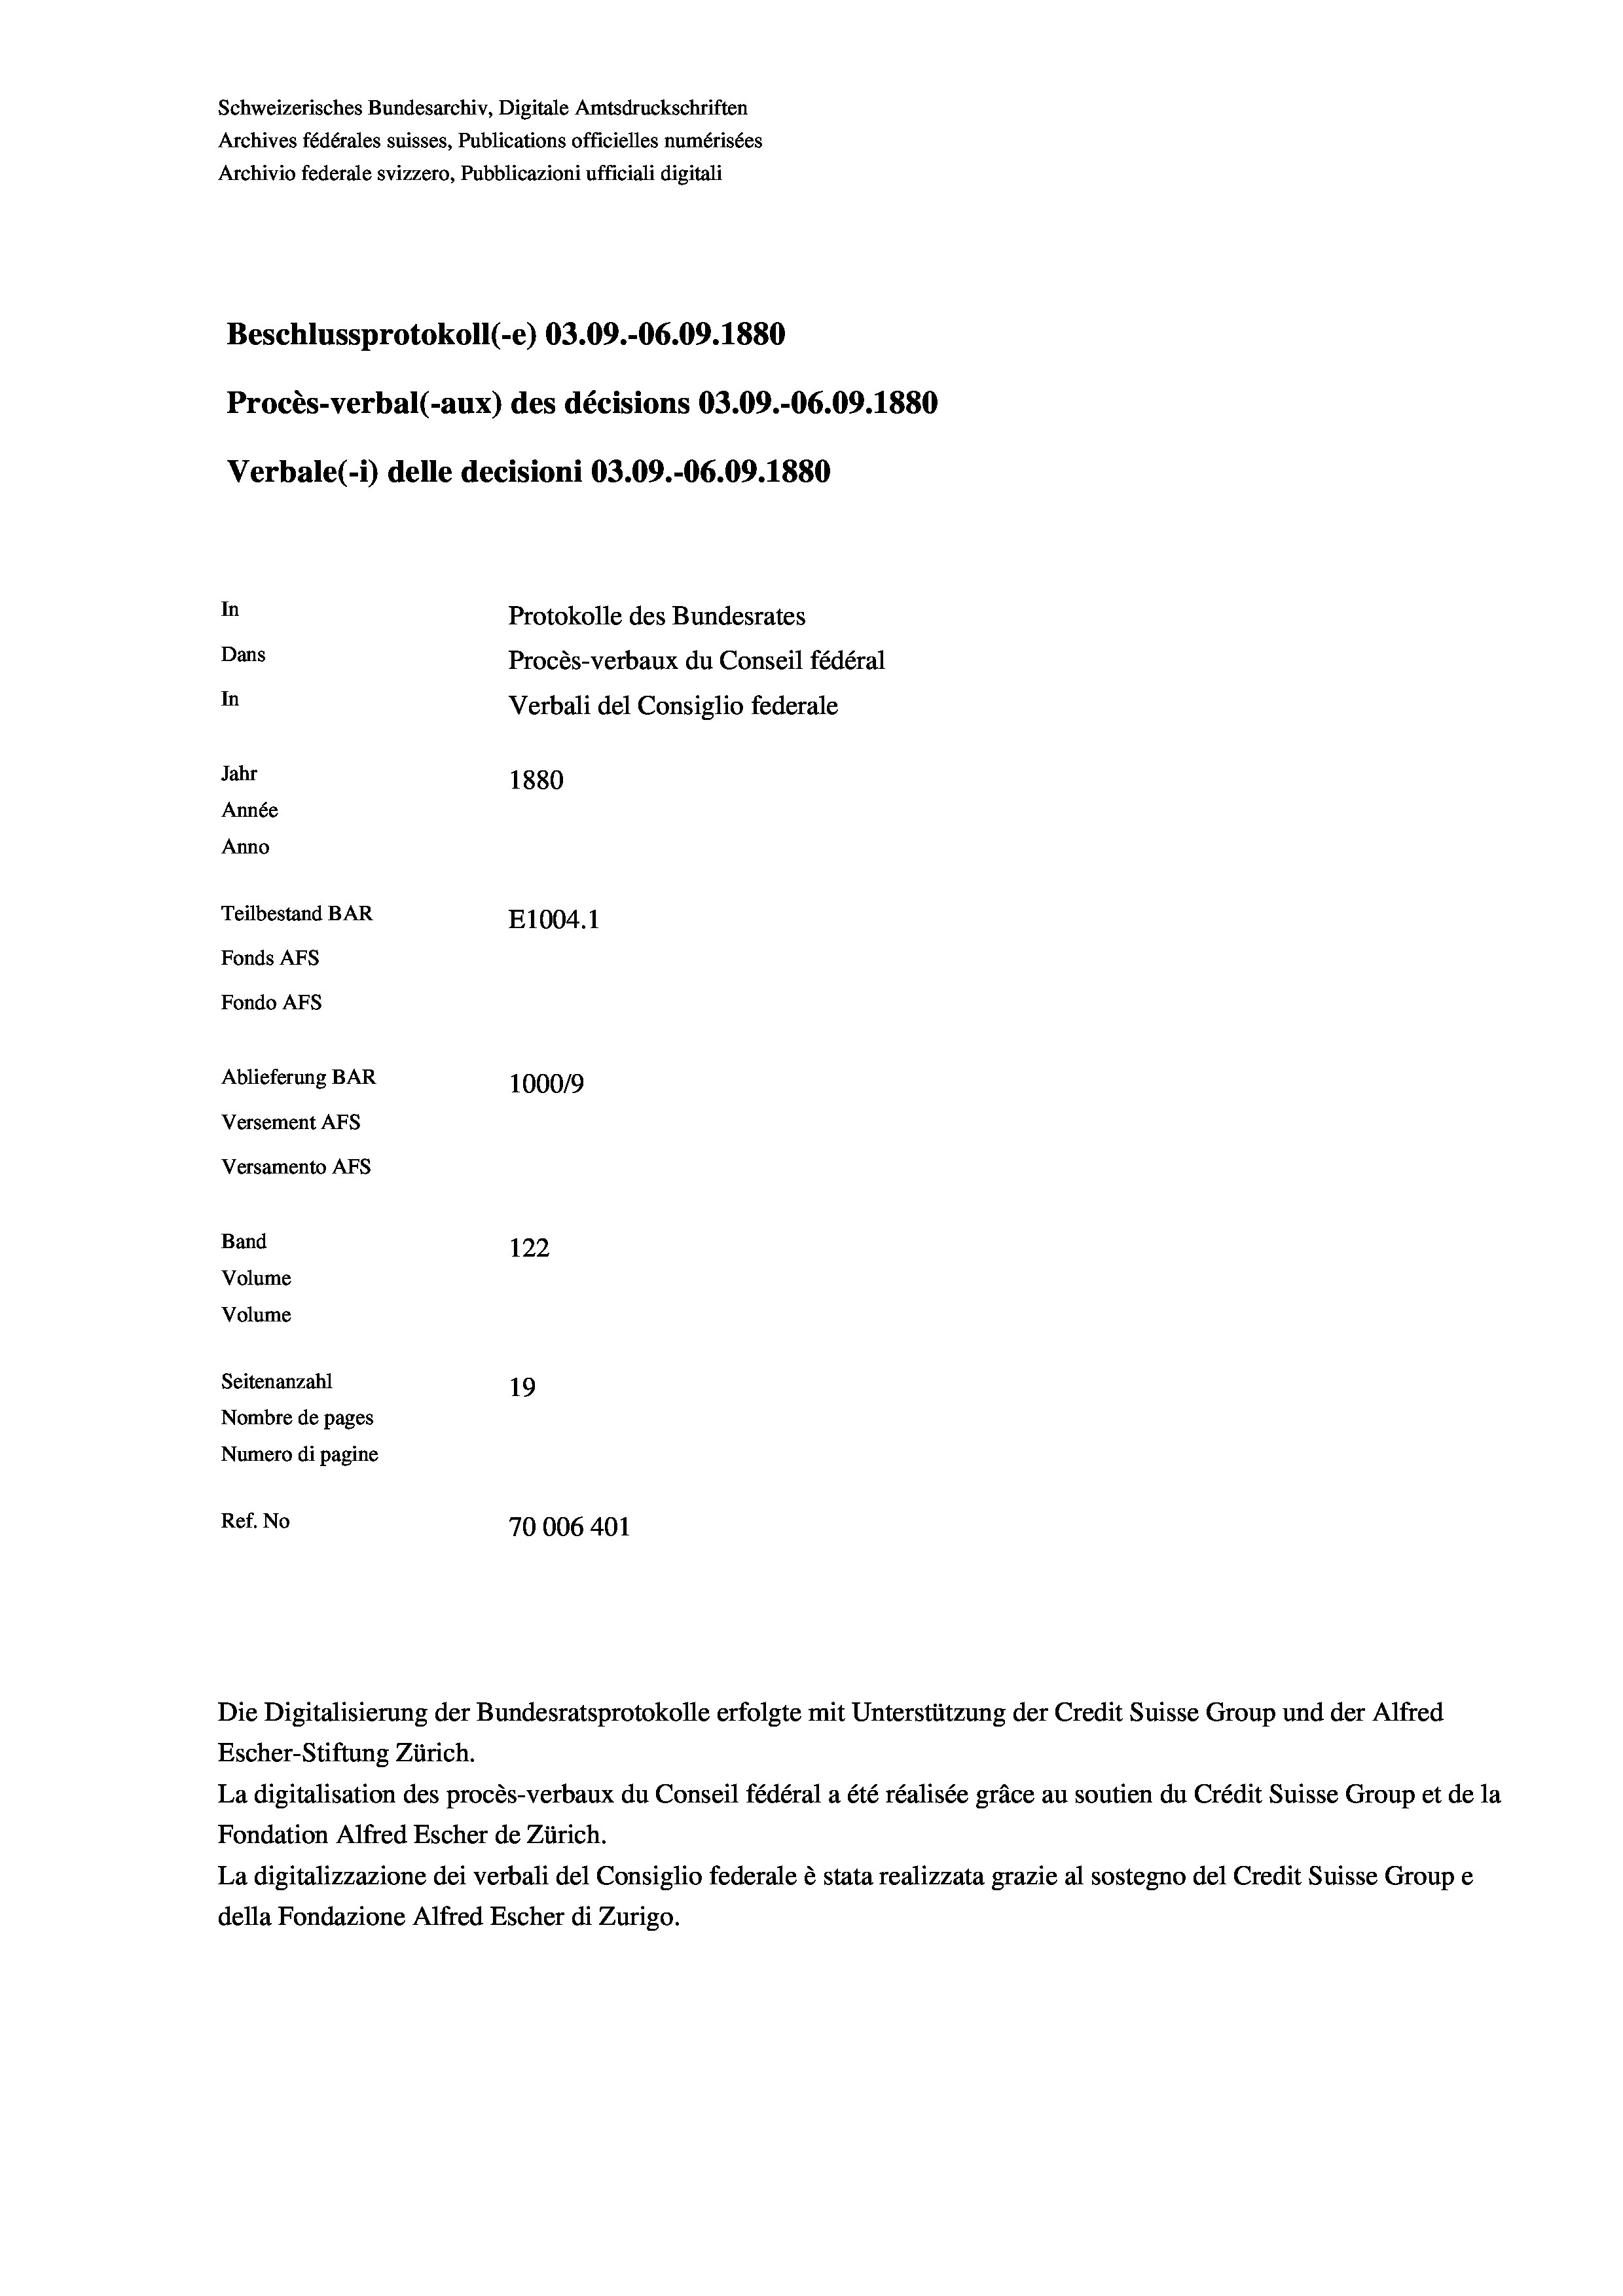
Schweizerisches Bundesarchiv, Digitale Amtsdruckschriften
Archives fédérales suisses, Publications officielles numérisées
Archivio federale svizzero, Pubblicazioni ufficiali digitali
Beschlussprotokoll (-e) 03.09.-06.09. 1880
Procès-verbal (-aux) des décisions 03.09.-06.09. 1880
Verbale (i) delle decisioni 03.09.-06.09. 1880
In
Protokolle des Bundesrates
Dans
Procès-verbaux du Conseil fédéral
In
Verbali del Consiglio federale
Jahr
1880
Année
Anno
Teilbestand BAR
E1004. 1
Fonds AFs
Fondo Afs
Ablieferung BAR
10009
Versement Ans
Versamento AFs
Band
122
Volume
Volume
Seitenanzahl
19
Nombre de pages
Numero di pagine
Ref. No
70006 401

Die Digitalisierung der Bundesratsprotokolle erfolgte mit Unterstützung der Credit Suisse Group und der Alfred
Escher-Stiftung Zürich.
La digitalisation des procès-verbaux du Conseil fédéral a été réalisée gräce au soutien du Crédit Suisse Group et de la
Fondation Alfred Escher de Zürich.
La digitalizzazione dei verbali del Consiglio federale è stata realizzata grazie al sostegno del Credit Suisse Groupe
della Fondazione Alfred Escher di Zurigo.